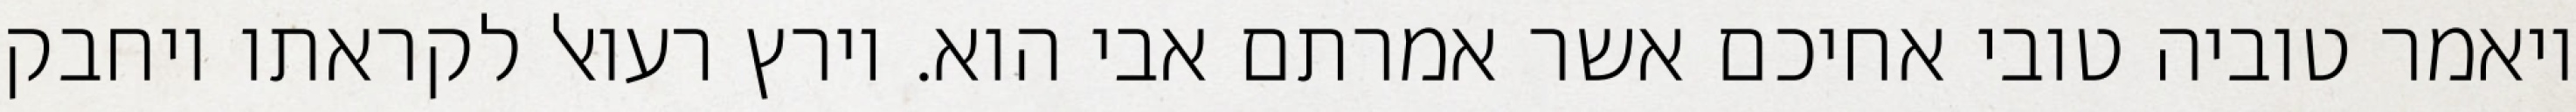
ויאמר טוביה טובי אחיכם אשר אמרתם אבי הוא. וירץ רעואל לקראתו ויחבק